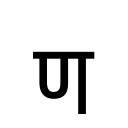
OCR:
ण